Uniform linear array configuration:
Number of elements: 32
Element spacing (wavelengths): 1
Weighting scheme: kaiser
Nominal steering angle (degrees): -15
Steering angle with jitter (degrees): -15.562
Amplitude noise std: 0.05
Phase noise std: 0.05

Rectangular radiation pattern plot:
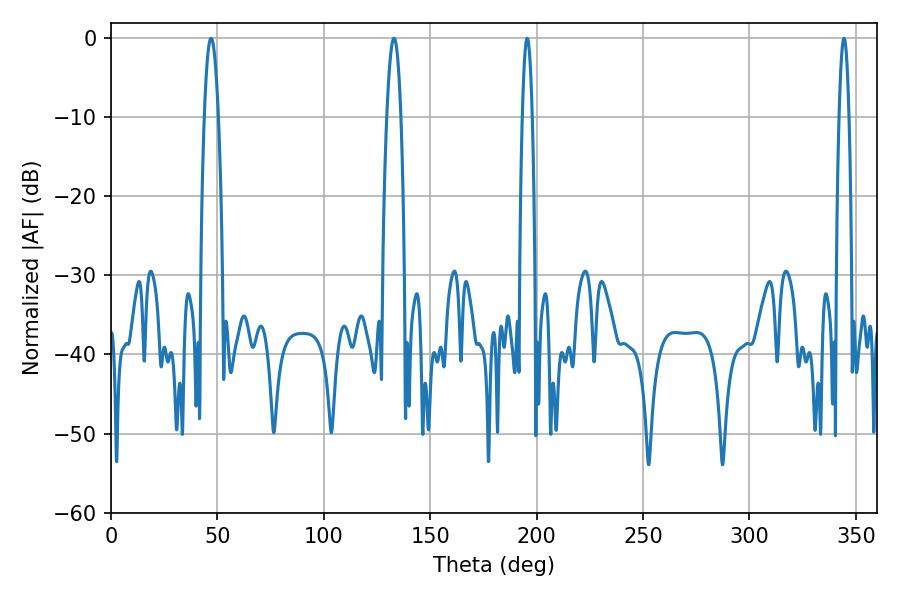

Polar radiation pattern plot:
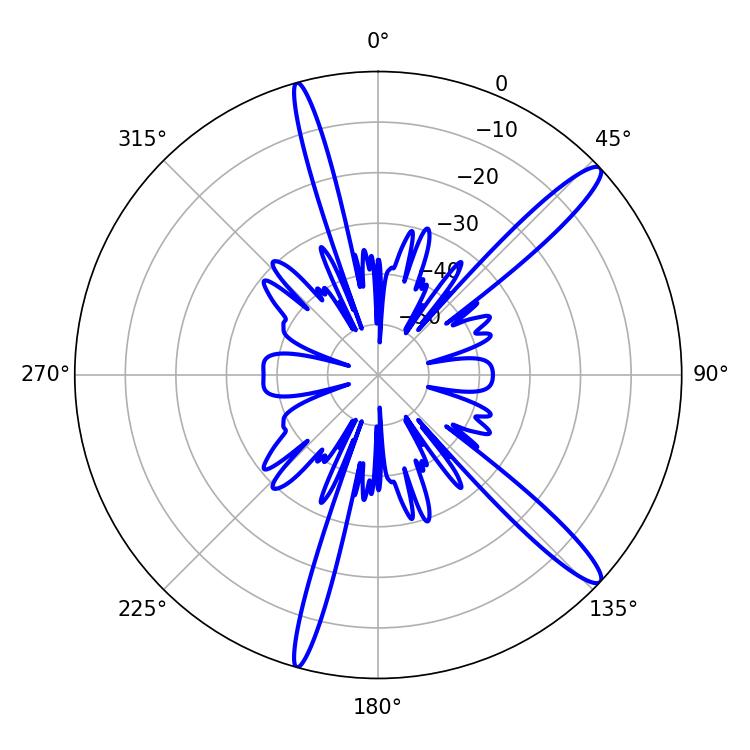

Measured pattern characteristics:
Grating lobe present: TRUE
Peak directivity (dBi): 14.271
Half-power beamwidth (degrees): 3.6
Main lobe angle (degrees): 46.98